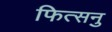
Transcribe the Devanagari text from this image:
फित्सनु